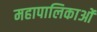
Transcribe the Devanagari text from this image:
महापालिकाओं